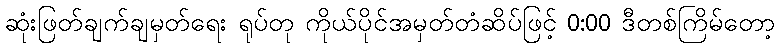
ဆုံးဖြတ်ချက်ချမှတ်ရေး ရုပ်တု ကိုယ်ပိုင်အမှတ်တံဆိပ်ဖြင့် 0:00 ဒီတစ်ကြိမ်တော့